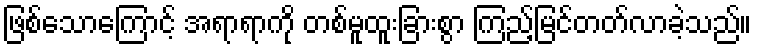
ဖြစ်သောကြောင့် အရာရာကို တစ်မူထူးခြားစွာ ကြည့်မြင်တတ်လာခဲ့သည်။